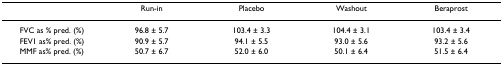
|  | Run-in | Placebo | Washout | Beraprost |
 | --- | --- | --- | --- | --- |
 | FVC as % pred. (%) | 96.8 ± 5.7 | 103.4 ± 3.3 | 104.4 ± 3.1 | 103.4 ± 3.4 |
 | FEV1 as% pred. (%) | 90.9 ± 5.7 | 94.1 ± 5.5 | 93.0 ± 5.6 | 93.2 ± 5.6 |
 | MMF as% pred. (%) | 50.7 ± 6.7 | 52.0 ± 6.0 | 50.1 ± 6.4 | 51.5 ± 6.4 |